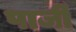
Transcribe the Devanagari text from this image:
पार्जी